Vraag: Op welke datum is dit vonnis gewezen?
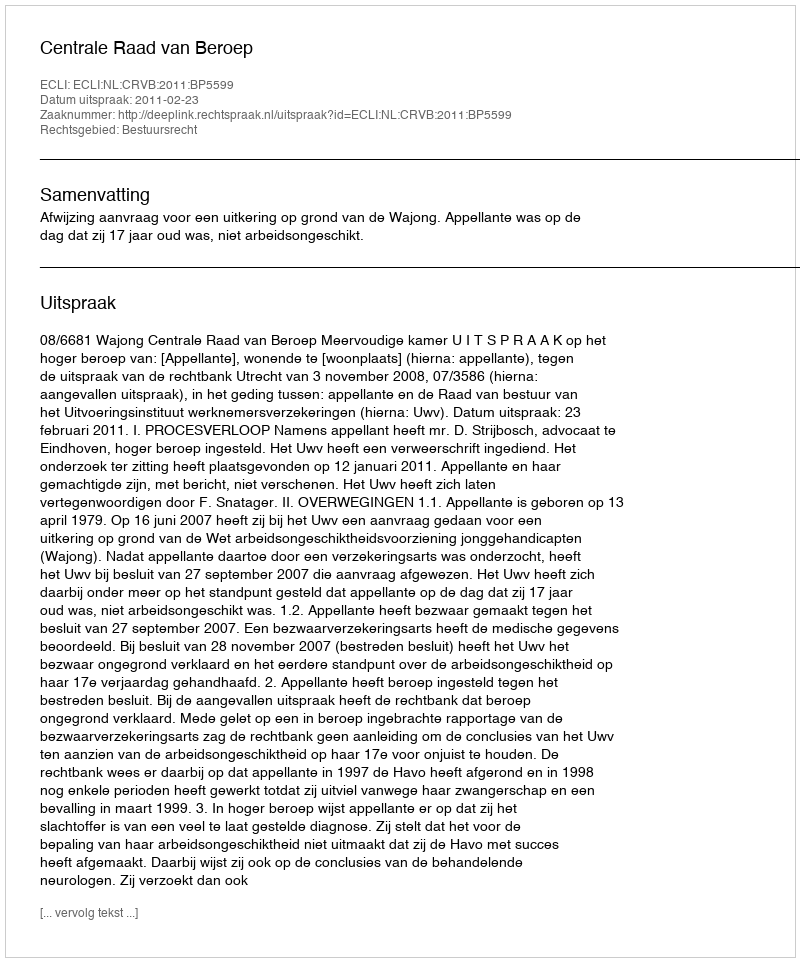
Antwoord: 2011-02-23